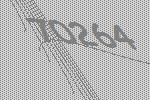
70264